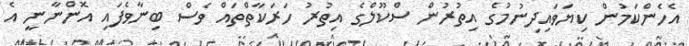
އެހެންކަމުން ކިޔަވައިދިނުމުގެ އިތުރުން ސްކޫލްގެ އިތުރު ހަރަކާތްތައް ވެސް ބިނާވެފައި އޮންނާނީ އެ